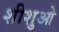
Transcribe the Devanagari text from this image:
शीशुओ